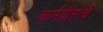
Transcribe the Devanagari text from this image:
कर्मवीरांचे